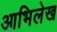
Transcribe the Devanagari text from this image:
आभिलेख